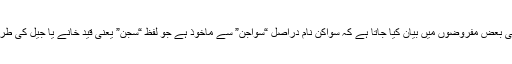
اسی واسطے آج بھی بعض مفروضوں میں بیان کیا جاتا ہے کہ سواکن نام دراصل “سواجن” سے ماخوذ ہے جو لفظِ “سجن” یعنی قید خانے یا جیل کی طرف اشارہ کرتا ہے۔